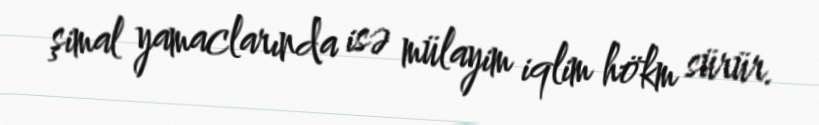
şimal yamaclarında isə mülayim iqlim hökm sürür.